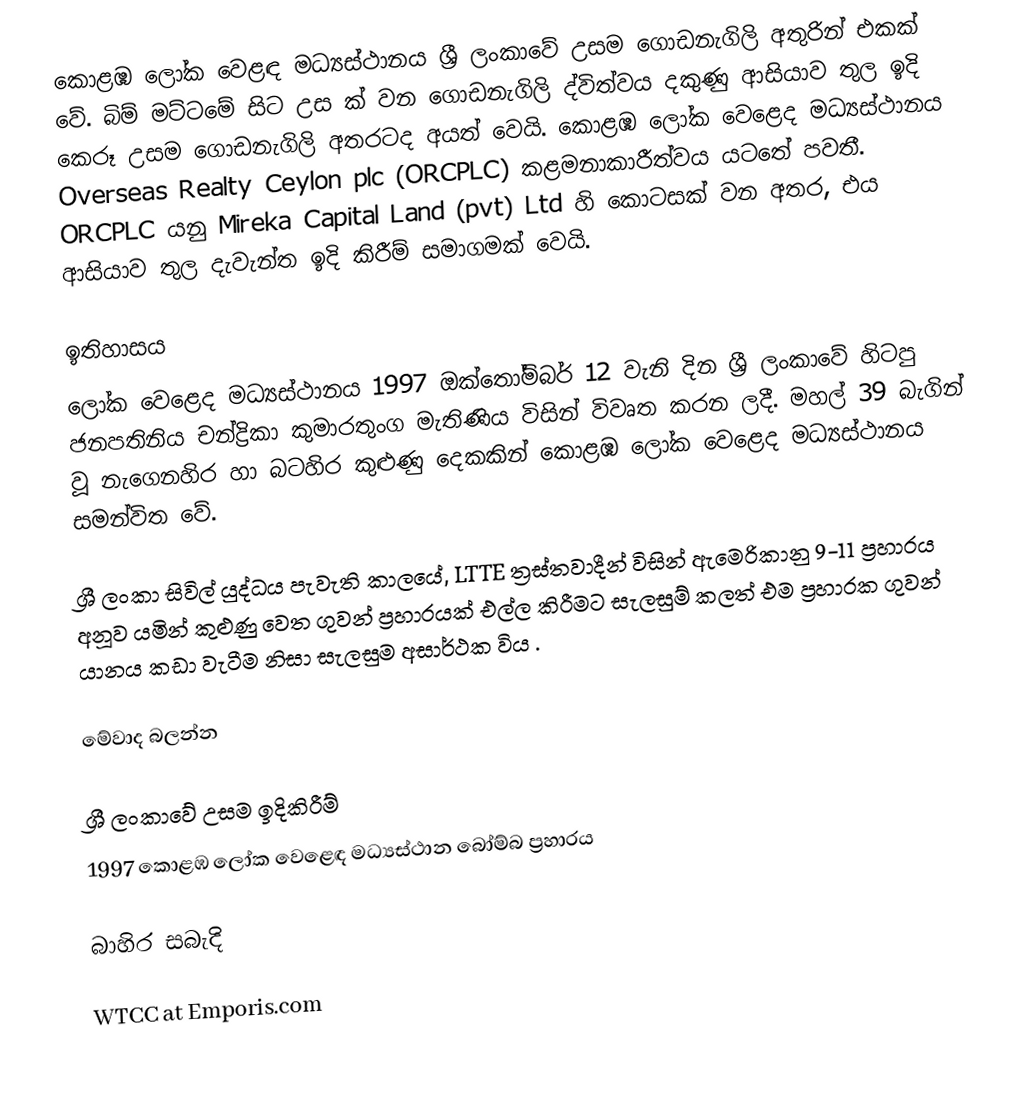
කොළඹ ලෝක වෙළඳ මධ්‍යස්ථානය  ශ්‍රී ලංකාවේ උසම ගොඩනැගිලි අතුරින් එකක් වේ. බිම් මට්ටමේ සිට උස ක් වන ගොඩනැගිලි ද්විත්වය දකුණු ආසියාව තුල ඉදි කෙරූ උසම ගොඩනැගිලි අතරටද අයත් වෙයි. කොළඹ ලෝක වෙළෙද මධ්‍යස්ථානය Overseas Realty Ceylon plc (ORCPLC) කළමනාකාරීත්වය යටතේ පවතී. ORCPLC යනු Mireka Capital Land (pvt) Ltd හි කොටසක් වන අතර, එය ආසියාව තුල දැවැන්ත ඉදි කිරීම් සමාගමක් වෙයි.

ඉතිහාසය
ලෝක වෙළෙද මධ්‍යස්ථානය 1997 ඔක්තෝම්බර් 12 වැනි දින  ශ්‍රී ලංකාවේ හිටපු ජනපතිනිය චන්ද්‍රිකා කුමාරතුංග මැතිණිය විසින් විවෘත කරන ලදී. මහල් 39 බැගින් වූ නැගෙනහිර හා බටහිර කුළුණු දෙකකින් කොළඹ ලෝක වෙළෙද මධ්‍යස්ථානය සමන්විත වේ.

ශ්‍රී ලංකා සිවිල් යුද්ධය පැවැති කාලයේ, LTTE ත්‍රස්තවාදීන් විසින් ඇමෙරිකානු 9-11 ප්‍රහාරය අනූව යමින් කුළුණු වෙත ගුවන් ප්‍රහාරයක් එල්ල කිරීමට සැලසුම් කලත් එම ප්‍රහාරක ගුවන් යානය කඩා වැටීම නිසා සැලසුම අසාර්ථක විය .

මේවාද බලන්න

 ශ්‍රී ලංකාවේ උසම ඉදිකිරීම්‎
 1997 කොළඹ ලෝක වෙළෙඳ මධ්‍යස්ථාන බෝම්බ ප්‍රහාරය

බාහිර සබැදි

 WTCC at Emporis.com